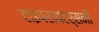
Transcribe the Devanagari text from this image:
टाइपरायटर्सनी